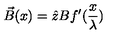
\vec { B } ( x ) = \hat { z } B f ^ { \prime } ( \frac { x } { \lambda } )